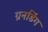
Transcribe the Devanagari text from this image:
ग्रनडिंग